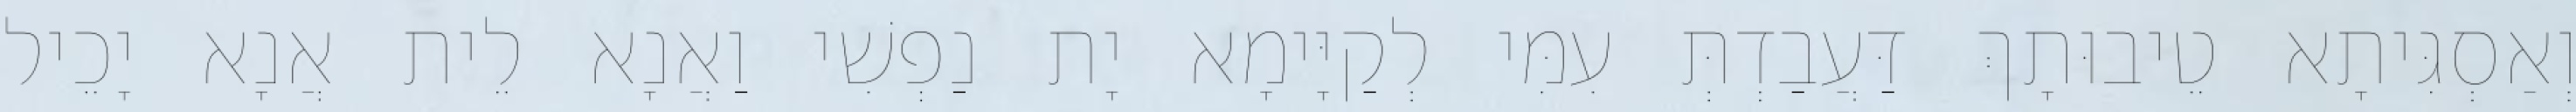
וְאַסְגִּיתָא טֵיבוּתָךְ דַּעֲבַדְתְּ עִמִּי לְקַיָּימָא יָת נַפְשִׁי וַאֲנָא לֵית אֲנָא יָכֵיל